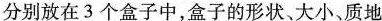
分别放在3个盒子中，盒子的形状、大小、质地